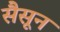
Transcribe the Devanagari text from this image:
सैसून